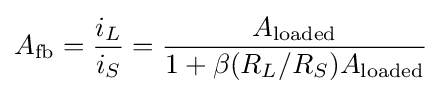
A_{\text{fb}}={\frac {i_{L}}{i_{S}}}={\frac {A_{\text{loaded}}}{1+\beta (R_{L}/R_{S})A_{\text{loaded}}}}